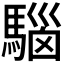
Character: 𩤘